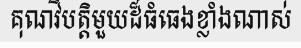
គុណវិបត្តិមួយដ៏ធំធេងខ្លាំងណាស់